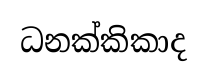
ධනක්කිකාද